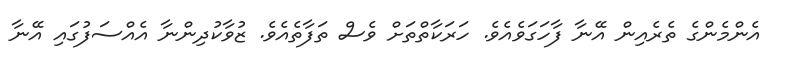
އެންމެންގެ ތެރެއިން އޭނާ ފާހަގަވެއެވެ. ހަރަކާތްތަށް ވެސް ތަފާތެއެވެ. ޒުވާކުދިންނާ އެއްސަފުގައި އޭނާ